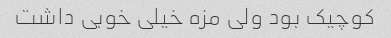
کوچیک بود ولی مزه خیلی خوبی داشت